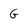
Character: G